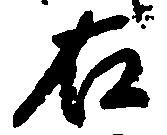
右